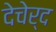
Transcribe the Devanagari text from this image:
देचेर्द